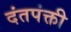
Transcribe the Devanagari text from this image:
दंतपंक्ती